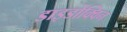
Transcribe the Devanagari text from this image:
डाइडोक्विन